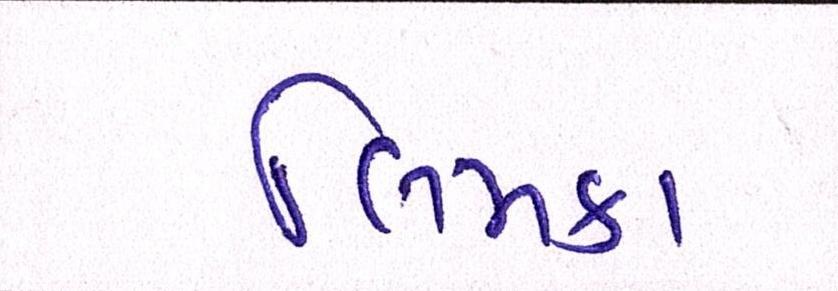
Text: લિમકા